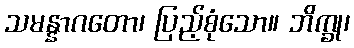
သမန္နာဂတော၊ ပြည့်စုံသော။ ဘိက္ခု၊